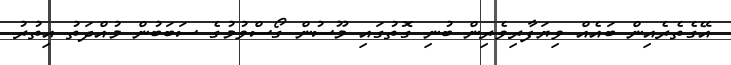
އޭގެތެރެއިން ބައެއް ވިޔަފާރިވެރިން ބުނި ގޮތުގައި މޫސުން ގޯސްވުމުގެ ސަބަބުން މުއްދަތު އިތުރު